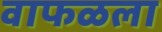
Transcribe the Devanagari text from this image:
वाफळला